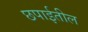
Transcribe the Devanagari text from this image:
छपाईतील